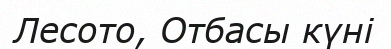
Лесото, Отбасы күні